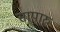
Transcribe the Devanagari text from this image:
सापारु